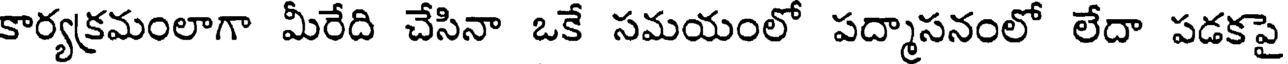
కార్యక్రమంలాగా మీరేది చేసినా ఒకే సమయంలో పద్మాసనంలో లేదా పడకపై